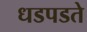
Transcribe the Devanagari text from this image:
धडपडते